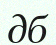
дб